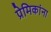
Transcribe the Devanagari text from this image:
प्रेमिकांना